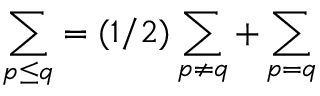
\sum _ { p \leq q } = ( 1 / 2 ) \sum _ { p \neq q } + \sum _ { p = q }